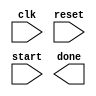
module MarkovFirstMerge (
  input clk, reset,
  input start,
  
  output done
);


// States in RTL
parameter INIT = 0;
parameter CopyA = 1;
parameter MergeBIntoOutput = 2;
parameter IncrementCount = 3;
parameter AddToList = 4;
parameter FINISH = 5;

// Data
reg [2:0] state;

reg isDone;


// Output Assignments
assign done = isDone;


always @(posedge clk, negedge reset)
  begin
    if (!reset)
      begin
        
      end
    else
      begin
        case (state)
        
          INIT:
            begin
              // state transitions
              
              
              // RTL
              
              
            end
          
          CopyA:
            begin
              // state transitions
              
              
              // RTL
              
              
            end
          
          MergeBIntoOutput:
            begin
              // state transitions
              
              
              // RTL
              
              
            end
          
          IncrementCount:
            begin
              // state transitions
              
              
              // RTL
              
              
            end
          
          AddToList:
            begin
              // state transitions
              
              
              // RTL
              
              
            end
          
          FINISH:
            begin
              // state transitions
              
              
              // RTL
              
              
            end
        
        endcase
      end
  end


endmodule